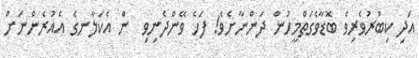
އަދި ކިބުރުވެރިވެ ބޮޑާވެގަތްމީހުން ދަންނާށެވެ! ފަހެ ވޭންދެނިވި  ން އެކަލާނގެ އެއުރެންނަށް